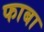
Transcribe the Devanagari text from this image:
फाबा